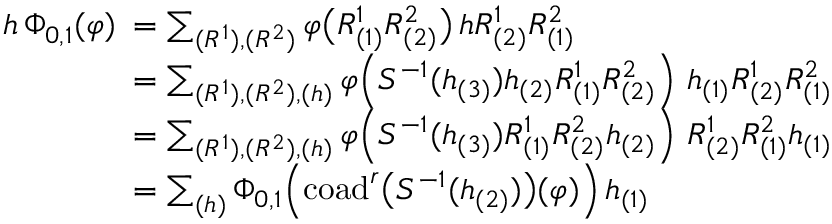
\begin{array} { r l } { h \, \Phi _ { 0 , 1 } ( \varphi ) \! \! \! } & { = \sum _ { ( R ^ { 1 } ) , ( R ^ { 2 } ) } \varphi \bigl ( R _ { ( 1 ) } ^ { 1 } R _ { ( 2 ) } ^ { 2 } \bigr ) \, h R _ { ( 2 ) } ^ { 1 } R _ { ( 1 ) } ^ { 2 } } \\ & { = \sum _ { ( R ^ { 1 } ) , ( R ^ { 2 } ) , ( h ) } \varphi \! \left( S ^ { - 1 } ( h _ { ( 3 ) } ) h _ { ( 2 ) } R _ { ( 1 ) } ^ { 1 } R _ { ( 2 ) } ^ { 2 } \right) \, h _ { ( 1 ) } R _ { ( 2 ) } ^ { 1 } R _ { ( 1 ) } ^ { 2 } } \\ & { = \sum _ { ( R ^ { 1 } ) , ( R ^ { 2 } ) , ( h ) } \varphi \! \left( S ^ { - 1 } ( h _ { ( 3 ) } ) R _ { ( 1 ) } ^ { 1 } R _ { ( 2 ) } ^ { 2 } h _ { ( 2 ) } \right) \, R _ { ( 2 ) } ^ { 1 } R _ { ( 1 ) } ^ { 2 } h _ { ( 1 ) } } \\ & { = \sum _ { ( h ) } \Phi _ { 0 , 1 } \! \left( \mathrm { c o a d } ^ { r } \bigl ( S ^ { - 1 } ( h _ { ( 2 ) } ) \bigr ) ( \varphi ) \right) h _ { ( 1 ) } } \end{array}